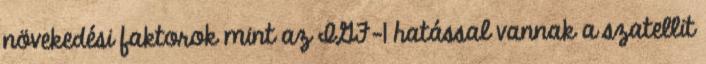
növekedési faktorok mint az IGF-1 hatással vannak a szatellit